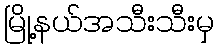
မြို့နယ်အသီးသီးမှ